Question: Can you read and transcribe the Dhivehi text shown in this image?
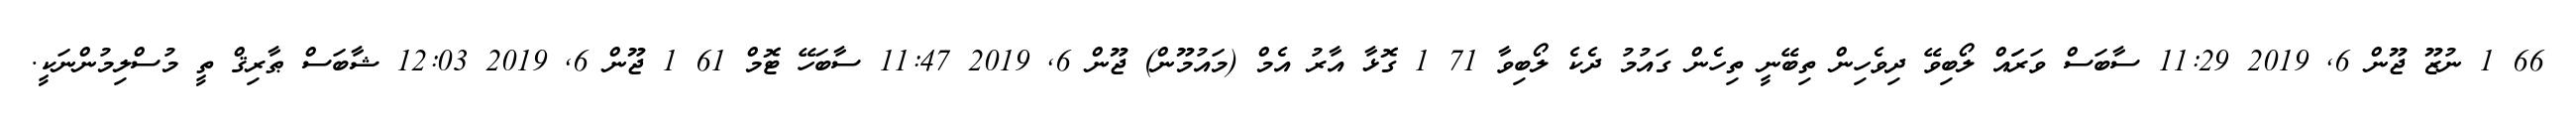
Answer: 66 1 ނުޒޫ ޖޫން 6, 2019 11:29 ސާބަސް ވަރަައް ލޯބިވޭ ދިވެހިން ތިބޭނީ ތިހެން ގައުމު ދެކެ ލޯބިވާ 71 1 ގޮޅާ އާރު އެމް (މައުމޫން) ޖޫން 6, 2019 11:47 ސާބަހޭ ޓޮމް 61 1 ޖޫން 6, 2019 12:03 ޝާބަސް ޠާރިޤް ތީ މުސްލިމުންނަކީ.